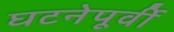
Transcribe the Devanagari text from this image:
घटनेपूर्वी